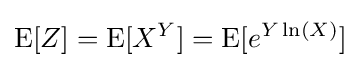
\operatorname {E} [Z]=\operatorname {E} [X^{Y}]=\operatorname {E} [e^{Y\ln(X)}]